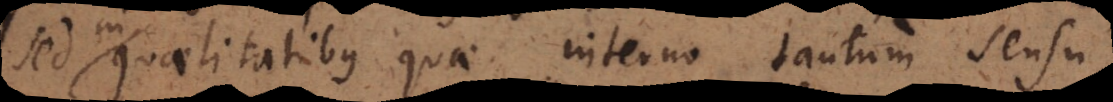
sed in qualitatibus quae interno tantum sensu